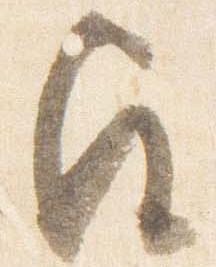
歟